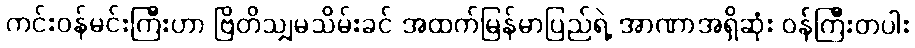
ကင်းဝန်မင်းကြီးဟာ ဗြိတိသျှမသိမ်းခင် အထက်မြန်မာပြည်ရဲ့ အာဏာအရှိဆုံး ဝန်ကြီးတပါး